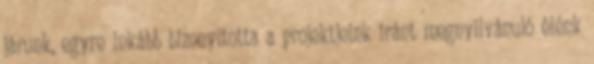
járunk, egyre inkább bizonyította a projektjeink iránt megnyilvánuló élénk